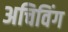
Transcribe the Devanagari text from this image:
अचिविंग